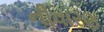
નીવારણ